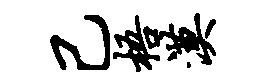
己梧漠